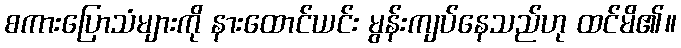
စကားပြောသံများကို နားထောင်ယင်း မွန်းကျပ်နေသည်ဟု ထင်မိ၏။